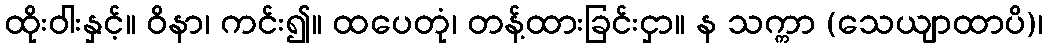
ထိုးဝါးနှင့်။ ဝိနာ၊ ကင်း၍။ ထပေတုံ၊ တန့်ထားခြင်းငှာ။ န သက္ကာ (သေယျာထာပိ)၊